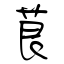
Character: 茛